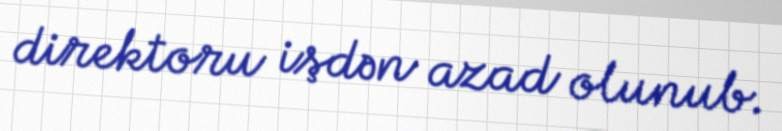
direktoru işdən azad olunub.